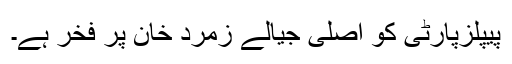
پیپلزپارٹی کو اصلی جیالے زمرد خان پر فخر ہے۔